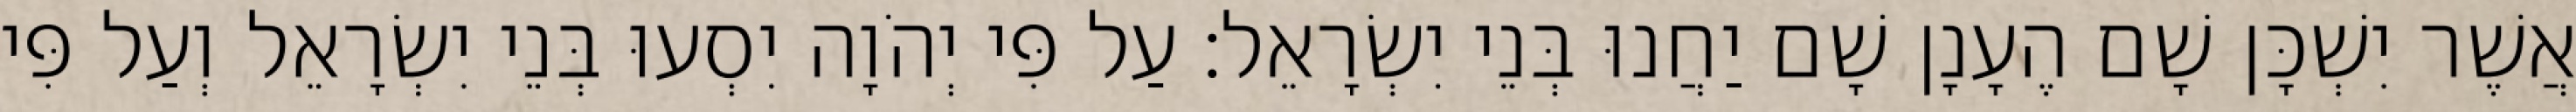
אֲשֶׁר יִשְׁכָּן שָׁם הֶעָנָן שָׁם יַחֲנוּ בְּנֵי יִשְׂרָאֵל׃ עַל פִּי יְהֹוָה יִסְעוּ בְּנֵי יִשְׂרָאֵל וְעַל פִּי